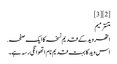
[2][3]
متنترمیم
اتھر وید کے قدیم نسخہ کا ایک صفحہ.
اس وید کا بہت قدیم نام اتھوانگی رسہ ہے۔